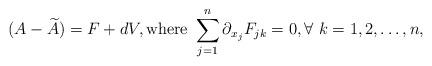
LaTeX: \begin{align*}(A - \widetilde{A}) = F +dV,\mbox{where }\sum_{j=1}^{n} \partial_{x_j}F_{jk} = 0, \forall\ k = 1,2,\dots,n,\end{align*}